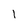
Character: 1